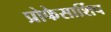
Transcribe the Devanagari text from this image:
प्रोफेसार्शिप